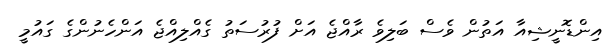
އިންޑޮނީޝިއާ އަތުން ވެސް ބަލިވެ ރާއްޖެ އަށް ފުރުސަތު ގެއްލިއްޖެ އަންހެނުންގެ ގައުމީ